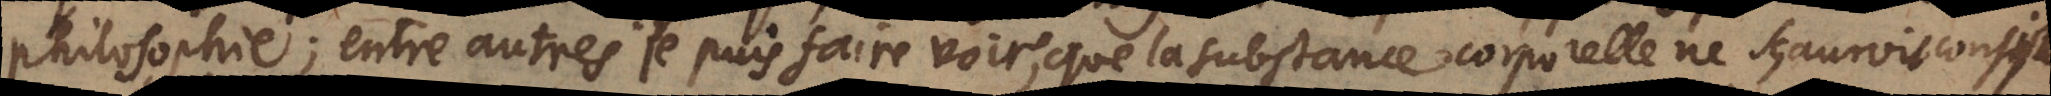
philosophie; entre autres je puis faire voir, que la substance corporelle ne sçauroit consister